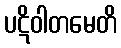
ပဋိဝါတမေတိ